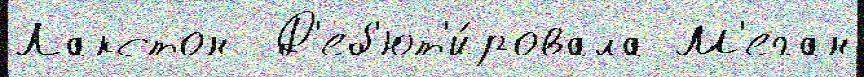
Лакстон  Д'еб'ют'и́ровала М'еган